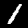
Label: 1